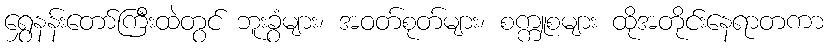
ရွှေနန်းတော်ကြီးထဲတွင် ဘူးခွံများ၊ အဝတ်စုတ်များ၊ စက္ကူစများ ထိုအတိုင်းနေရာတကာ